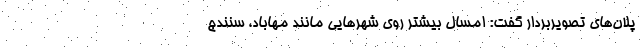
پلان‌های تصویربردار گفت: امسال بیشتر روی شهرهایی مانند مهاباد، سنندج